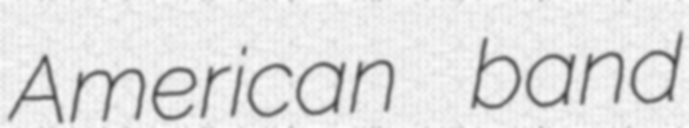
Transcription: American band